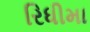
રિધીમા